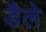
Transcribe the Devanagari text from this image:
डैले